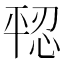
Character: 𪪄